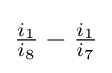
{\tfrac {i_{1}}{i_{8}}}-{\tfrac {i_{1}}{i_{7}}}